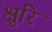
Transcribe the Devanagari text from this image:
क्षुरि